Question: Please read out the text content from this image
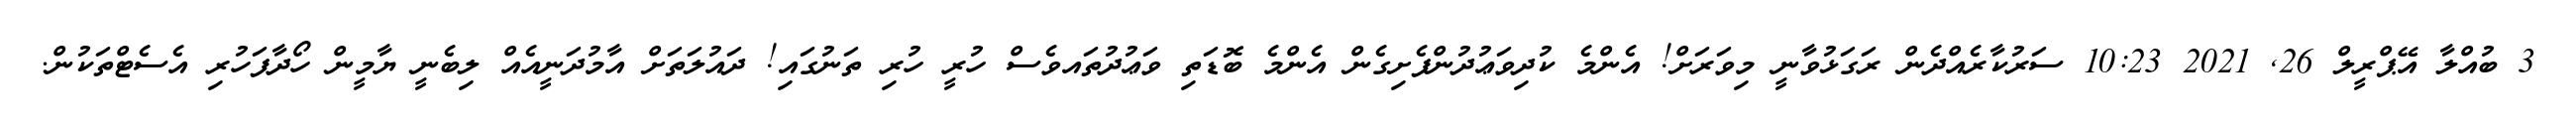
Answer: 3 ބުއްލާ އޭޕްރީލް 26, 2021 10:23 ސަރުކާރެއްދެން ރަގަޅުވާނީ މިވަރަށް! އެންމެ ކުދިވަޢުދުންފެށިގެން އެންމެ ބޮޑަތި ވަޢުދުތައވެސް ހުރީ ހުރި ތަނުގައި! ދައުލަތަށް އާމުދަނީއެއް ލިބެނީ ޔާމީން ހޯދާފަހުރި އެސެޓްތަކުން.